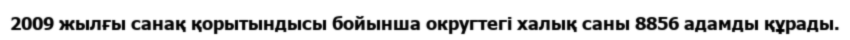
2009 жылғы санақ қорытындысы бойынша округтегі халық саны 8856 адамды құрады.